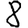
Digit: 8